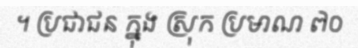
។ ប្រជាជន ក្នុង ស្រុក ប្រមាណ ៧០